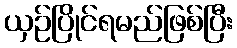
ယှဉ်ပြိုင်ရမည်ဖြစ်ပြီး